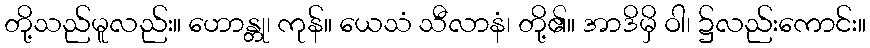
တို့သည်မူလည်း။ ဟောန္တု၊ ကုန်။ ယေသံ သီလာနံ၊ တို့၏။ အာဒိမှိ ဝါ၊ ၌လည်းကောင်း။